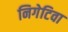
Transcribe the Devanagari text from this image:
निगेटिवा